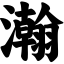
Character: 瀚